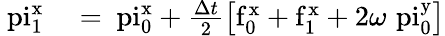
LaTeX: \begin{array}{rl}{\mathrm{\ pi}_{1}^{\mathrm{x}}}&{{}=\mathrm{\ pi}_{0}^{\mathrm{x}}+\frac{\Delta t{}}{2}\left[\mathrm{f}_{0}^{\mathrm{x}}+\mathrm{f}_{1}^{\mathrm{x}}+2\omega_{}\mathrm{\ pi}_{0}^{\mathrm{y}}\right]}\end{array}